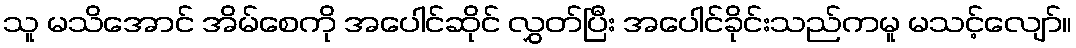
သူ မသိအောင် အိမ်စေကို အပေါင်ဆိုင် လွှတ်ပြီး အပေါင်ခိုင်းသည်ကမူ မသင့်လျော်။